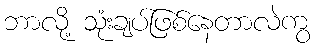
ဘာလို့ သုံးချပ်ဖြစ်နေတာလဲကွ